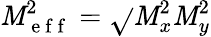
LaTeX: \mathit{M}_{\mathrm{{~e~f~f~}}}^{2}=\sqrt{}{{\mathit{M}_{x}^{2}\mathit{M}_{y}^{2}}}